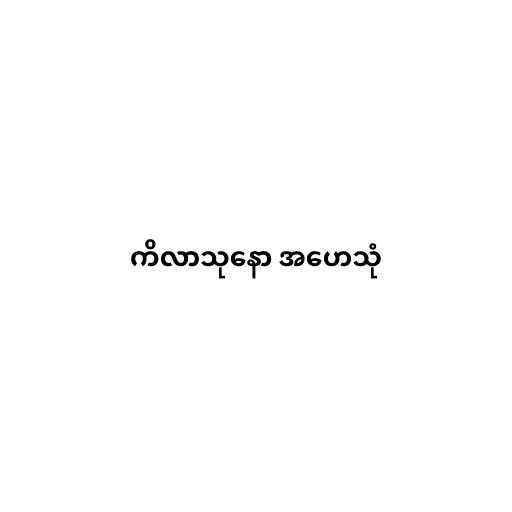
ကိလာသုနော အဟေသုံ